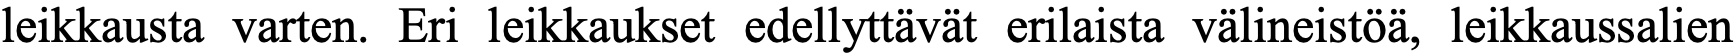
leikkausta varten. Eri leikkaukset edellyttävät erilaista välineistöä, leikkaussalien